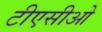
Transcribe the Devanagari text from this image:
टीएसीओ